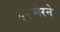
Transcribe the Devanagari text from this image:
एरोमेरने